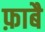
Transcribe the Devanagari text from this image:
फ़ाबै